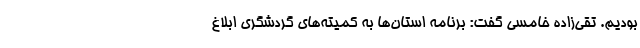
بودیم. تقی‌زاده خامسی گفت: برنامه استان‌ها به کمیته‌های گردشگری ابلاغ